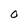
Character: O